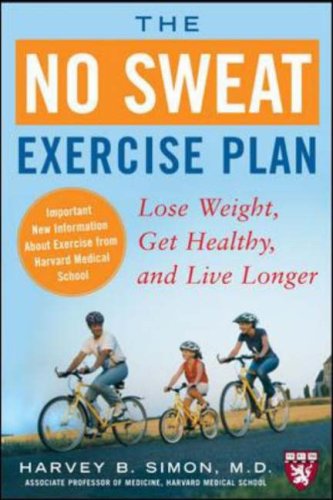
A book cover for The No Sweat Exercise Plan: Lose Weight, Get Healthy, and Live Longer (Harvard Medical School Guides); Harvey Simon; Education & Teaching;